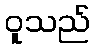
ဝူသည်